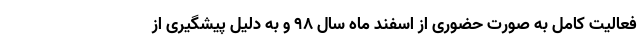
فعالیت کامل به صورت حضوری از اسفند ماه سال ۹۸ و به دلیل پیشگیری از